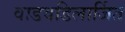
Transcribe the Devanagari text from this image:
वाडवडिलार्जित